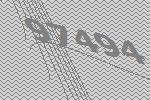
97494